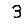
Digit: 3